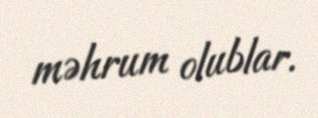
məhrum olublar.